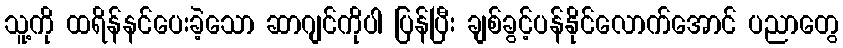
သူ့ကို ထရိန်နင်ပေးခဲ့သော ဆာဂျင်ကိုပါ ပြန်ပြီး ချစ်ခွင့်ပန်နိုင်လောက်အောင် ပညာတွေ